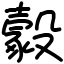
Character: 𣫔